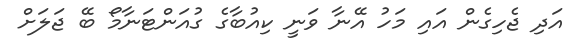
އަދި ޖެހިގެން އައި މަހު އޭނާ ވަނީ ކިއުބާގެ ގުއަންޓަނާމޯ ބޭ ޖަލަށް